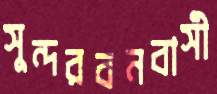
সুন্দরবনবাসী